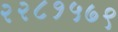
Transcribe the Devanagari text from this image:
२२८१५७९